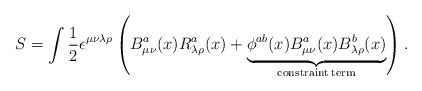
LaTeX: \begin{align*}S = \int \frac{1}{2} \epsilon^{\mu\nu\lambda\rho}\left( B^a_{\mu\nu}(x)R^a_{\lambda\rho}(x) +\underbrace{ \phi^{ab}(x)B^a_{\mu\nu}(x)B^b_{\lambda\rho}(x)}_{{\rm constraint\: term}} \right).\end{align*}